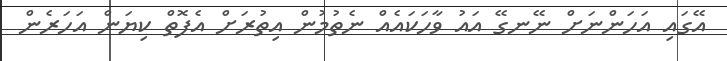
އޭގައި އަހަންނަށް ނޭނގޭ އައު ވާހަކައެއް ނެތުމުން އިތުރަށް އެފޮތް ކިޔަން އަހަރެން